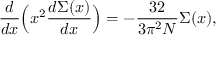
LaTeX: \frac { d } { d x } \Bigl ( x ^ { 2 } \frac { d \Sigma ( x ) } { d x } \Bigr ) = - \frac { 3 2 } { 3 \pi ^ { 2 } N } \Sigma ( x ) ,